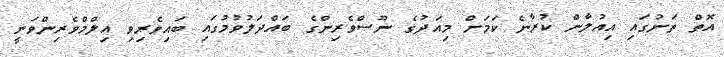
އޮތް ތަނުގައި އިއުލާން ކުރާނެ ކަމަށް މިއަދުގެ ނޫސްވެރިންގެ ބައްދަލުވުމުގައި ބައިވެރިވި އިލްމްވެރިންވަނީ